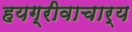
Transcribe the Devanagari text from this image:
हयग्रीवाचार्य